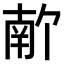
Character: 𫧣